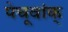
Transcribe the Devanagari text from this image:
पेचूवांक्